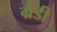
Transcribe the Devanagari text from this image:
ग्रैडी